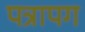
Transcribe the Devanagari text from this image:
पत्रापग